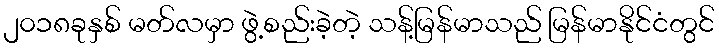
၂၀၁၈ခုနှစ် မတ်လမှာ ဖွဲ့စည်းခဲ့တဲ့ သန့်မြန်မာသည် မြန်မာနိုင်ငံတွင်